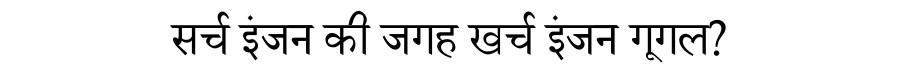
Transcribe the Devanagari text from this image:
सर्च इंजन की जगह खर्च इंजन गूगल?